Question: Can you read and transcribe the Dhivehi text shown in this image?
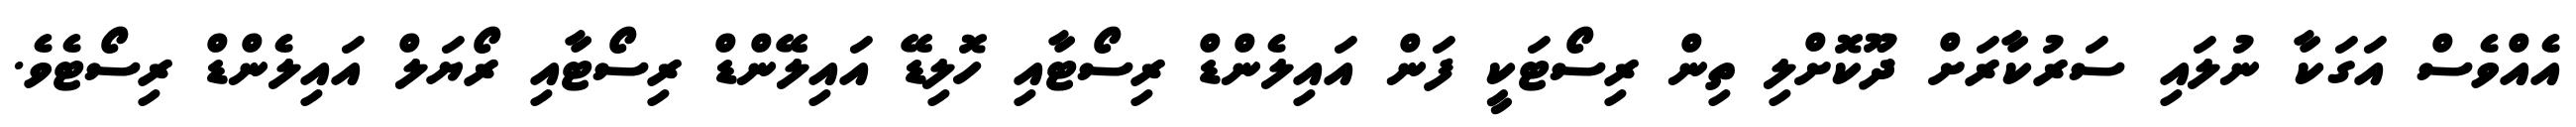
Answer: އެއްވެސް އަގަކާ ނުލައި ސަރުކާރަށް ދޫކޮށްލި ތިން ރިސޯޓަކީ ފަން އައިލެންޑް ރިސޯޓާއި ހޮލިޑޭ އައިލޭންޑް ރިސޯޓާއި ރޯޔަލް އައިލެންޑް ރިސޯޓެވެ.